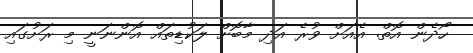
ހޯދެން އޮތް. އެއަށް ވުރެ އަދި މާބޮށް ލަކުޑިތައް އޮންނަނީ މި ރަށުގައި